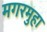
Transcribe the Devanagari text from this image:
मगरमुहा